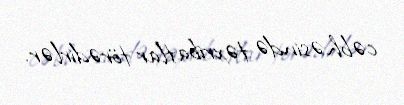
cəbhəsində təxribatlar törədirlər.